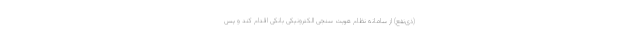
(ذی‌نفع) از سامانه نظام هویت ­سنجی الکترونیکی بانکی اقدام کند و پس